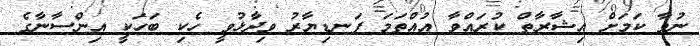
ނުވާ ކަމަށް އިޝާރާތް ކުރައްވާ އުއްތަމަ ފަނޑިޔާރު ވިދާޅުވީ ހެކި ބަހަކީ އިންސާނާގެ